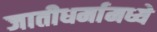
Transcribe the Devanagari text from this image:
जातीधर्मामध्ये